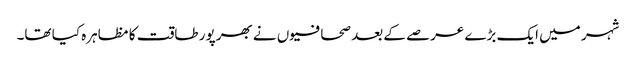
شہر میں ایک بڑے عرصے کے بعد صحافیوں نے بھرپور طاقت کا مظاہرہ کیا تھا۔